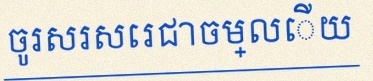
ចូរសរសេរជាចម្លើយ